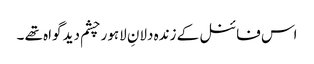
اس فائنل کے زندہ دلانِ لاہور چشم دید گواہ تھے ۔